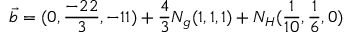
{ \vec { b } } = ( 0 , { \frac { - 2 2 } { 3 } } , - 1 1 ) + { \frac { 4 } { 3 } } N _ { g } ( 1 , 1 , 1 ) + N _ { H } ( { \frac { 1 } { 1 0 } } , { \frac { 1 } { 6 } } , 0 )